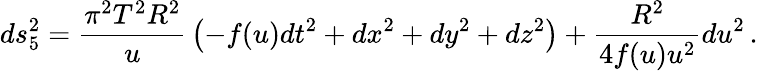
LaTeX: ds_{5}^{2}={\frac{\pi^{2}T^{2}R^{2}}{u}}\left(-f(u)dt^{2}+dx^{2}+dy^{2}+dz^{2}\right)+{\frac{R^{2}}{4f(u)u^{2}}}du^{2}\, .